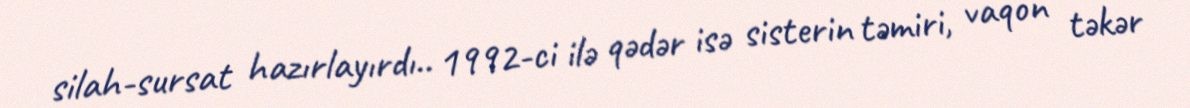
silah-sursat hazırlayırdı.. 1992-ci ilə qədər isə sisterin təmiri, vaqon təkər